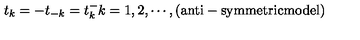
t _ { k } = - t _ { - k } = t _ { k } ^ { - } k = 1 , 2 , \cdots , ( \mathrm { a n t i - s y m m e t r i c m o d e l } )